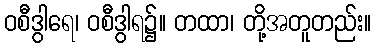
ဝစီဒွါရေ၊ ဝစီဒွါရ၌။ တထာ၊ တို့အတူတည်း။